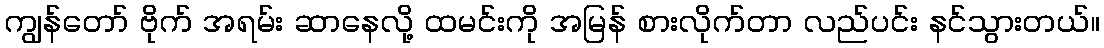
ကျွန်တော် ဗိုက် အရမ်း ဆာနေလို့ ထမင်းကို အမြန် စားလိုက်တာ လည်ပင်း နင်သွားတယ်။